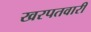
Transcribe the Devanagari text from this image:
खरपतवारी